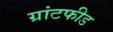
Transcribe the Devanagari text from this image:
ग्रांटफीड